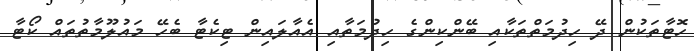
ހޮޓާތަކުން ދޭ ހިދުމަތްތަކާއި ބޭންކިންގެ ހިދުމަތާއި އެއާލައިން ޓިކެޓާ ބެހޭ މައުލޫމާތުތައް ކޯޓާ